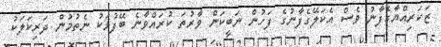
ޒަކަރިއްޔާގެފާނު ވެސް އެކަލޭގެފާނުގެ ފަހުން ނަބީކަން ވާރުތަ ކުރައްވާނެ ބޭފުޅަކު ނެތުމުން ދަރިކަލަކު